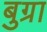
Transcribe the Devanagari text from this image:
बुग्रा